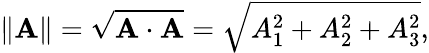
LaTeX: \| \mathbf{A}\| ={\sqrt{\mathbf{A}\cdot\mathbf{A}}}={\sqrt{A_{1}^{2}+A_{2}^{2}+A_{3}^{2}}},